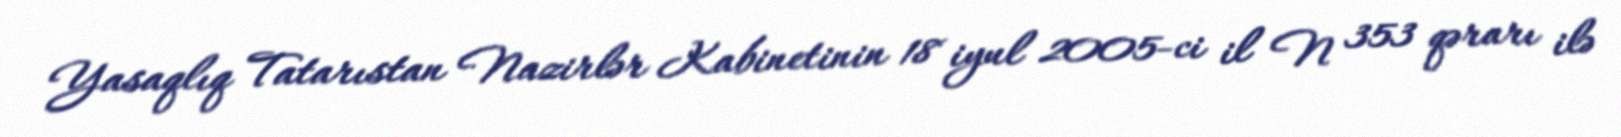
Yasaqlıq Tatarıstan Nazirlər Kabinetinin 18 iyul 2005-ci il N 353 qərarı ilə